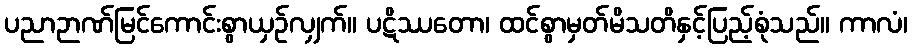
ပညာဉာဏ်မြင်ကောင်းစွာယှဉ်လျှက်။ ပဋိဿတော၊ ထင်စွာမှတ်မိသတိနှင့်ပြည့်စုံသည်။ ကာလံ၊